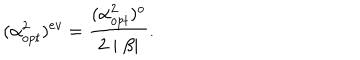
LaTeX: ( \alpha _ { o p t } ^ { 2 } ) ^ { e v } = \frac { ( \alpha _ { o p t } ^ { 2 } ) ^ { o } } { 2 \mid \beta \mid } .